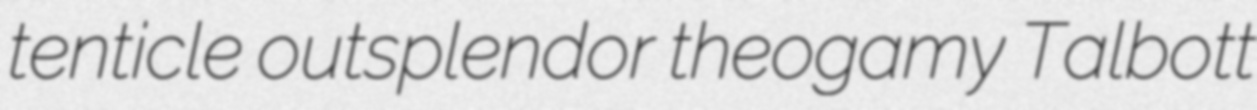
tenticle outsplendor theogamy Talbott